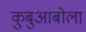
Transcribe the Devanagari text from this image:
कुबुआबोला